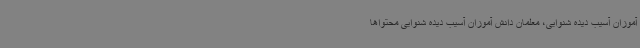
آموزان آسیب دیده شنوایی، معلمان دانش آموزان آسیب دیده شنوایی محتواها